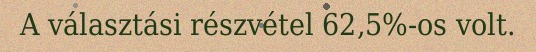
A választási részvétel 62,5%-os volt.